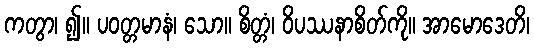
ကတွာ၊ ၍။ ပဝတ္တမာနံ၊ သော။ စိတ္တံ၊ ဝိပဿနာစိတ်ကို။ အာမောဒေတိ၊